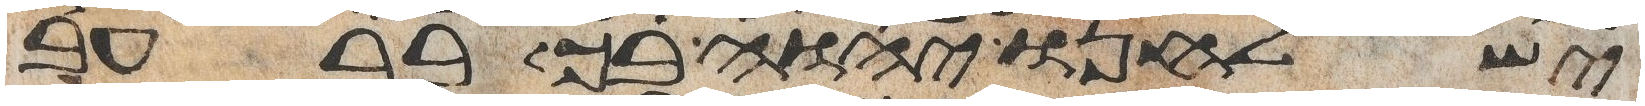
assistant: ישלחנו יהוה בך ברעב